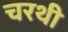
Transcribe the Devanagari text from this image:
चरथी